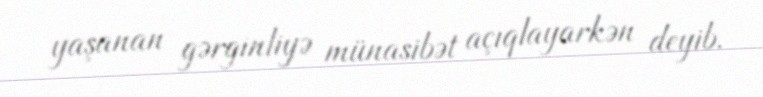
yaşanan gərginliyə münasibət açıqlayarkən deyib.